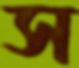
স